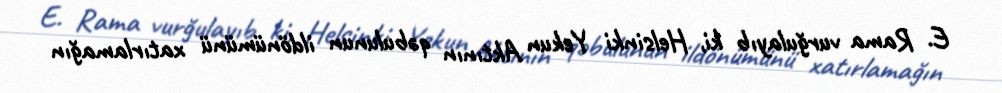
E. Rama vurğulayıb ki, Helsinki Yekun Aktının qəbulunun ildönümünü xatırlamağın